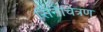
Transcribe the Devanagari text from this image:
सिनेचित्रण